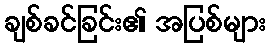
ချစ်ခင်ခြင်း၏ အပြစ်များ